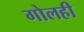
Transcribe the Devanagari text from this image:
गोलही